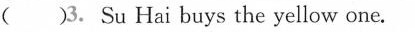
(）3. Su Hai buys the yellow one.